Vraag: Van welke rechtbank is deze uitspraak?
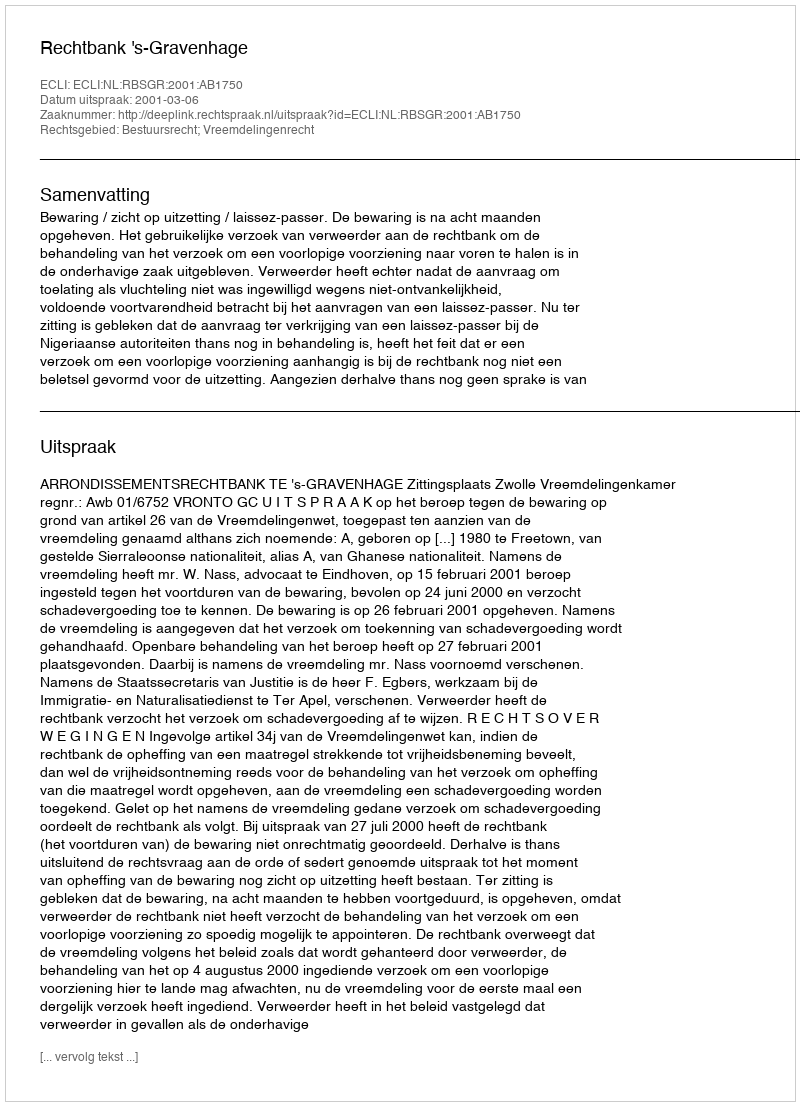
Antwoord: Rechtbank 's-Gravenhage